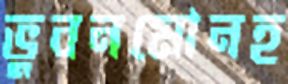
ভুবনমোনহ